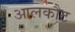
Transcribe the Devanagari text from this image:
आलकौट